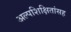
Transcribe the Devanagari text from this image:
अल्पशिक्षितांसह